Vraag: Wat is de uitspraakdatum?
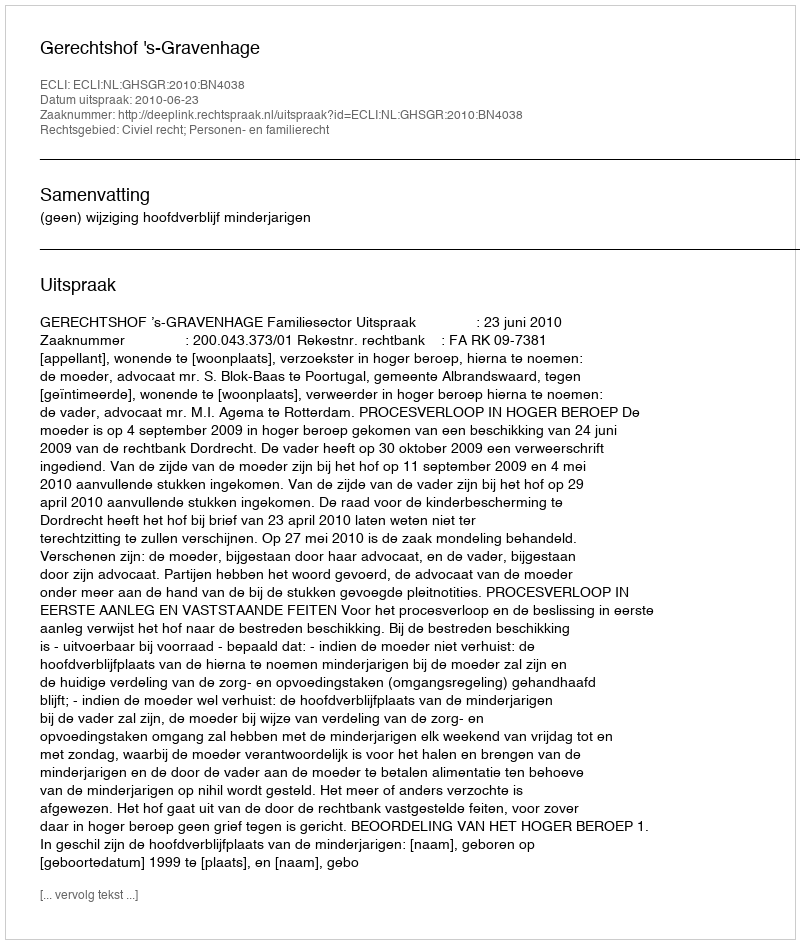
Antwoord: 2010-06-23